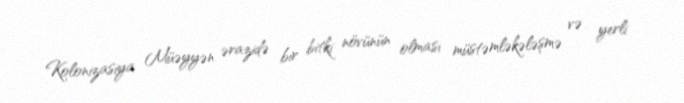
Kolonizasiya Müəyyən ərazidə bir bitki növünün olması müstəmləkələşmə və yerli